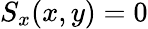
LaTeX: S_{x}(x,y)=0